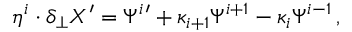
\eta ^ { i } \cdot \delta _ { \perp } X ^ { \prime } = \Psi ^ { i } { } ^ { \prime } + \kappa _ { i + 1 } \Psi ^ { i + 1 } - \kappa _ { i } \Psi ^ { i - 1 } \, ,